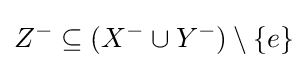
Z^{-}\subseteq (X^{-}\cup Y^{-})\setminus \{e\}